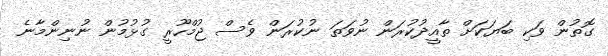
ގޮތުން ވަކި ބަޔަކަށް ތާއީދުކުރަން ނުވަތަ ނުކުރަން ވެސް ޖުމްހޫރީ ގުޅުމުން ނުނިންމާނެ